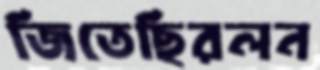
জিতেছিরলন